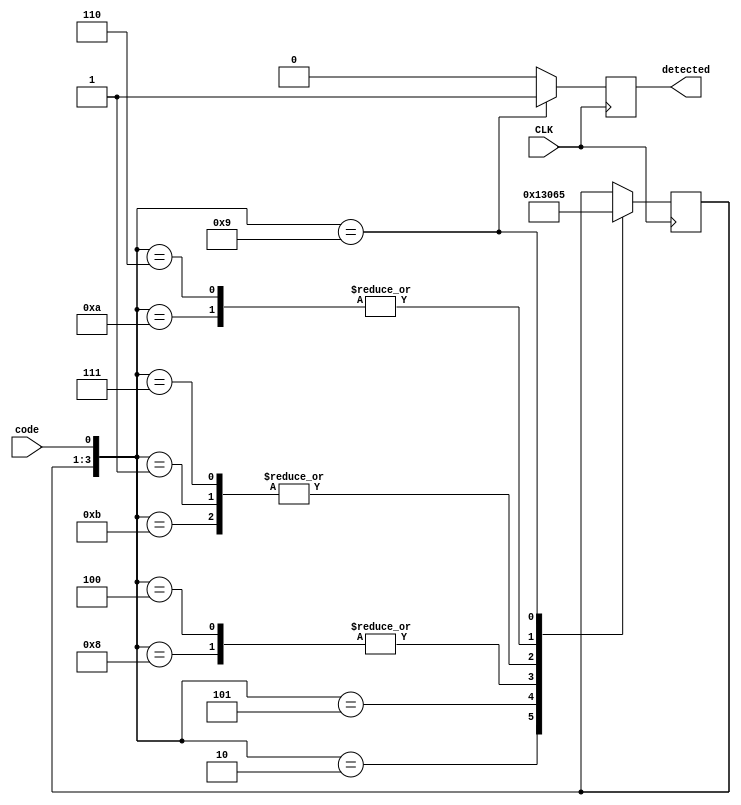
`timescale 1ns / 1ps
// Sequence is 10101

module seq_det(
        input CLK, code,
        output reg detected
    );
        reg [0:2] state;
        initial begin
            detected = 0;
            state = 3'b000;
        end
        always @(posedge CLK) begin
            if (detected) detected = 0;
            case ({state,code})
                4'b0001,
                4'b1011: state = 3'b001;
                4'b0010: state = 3'b010;
                4'b0101: state = 3'b011;
                4'b0100,
                4'b1000: state = 3'b000;
                4'b0111: state = 3'b001;
                4'b0110,
                4'b1000,
                4'b1010: state = 3'b100;
                4'b1001: begin
                state = 3'b101; detected = 1;
                    end                
            endcase
        end
endmodule